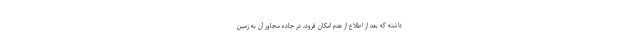
داشته که بعد از اطلاع از عدم امکان فرود، در جاده مجاور آن به زمین